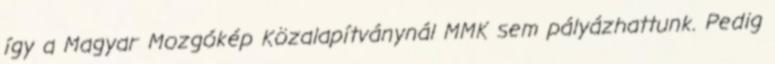
így a Magyar Mozgókép Közalapítványnál MMK sem pályázhattunk. Pedig